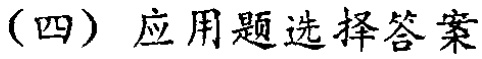
（四）应用题选择答案